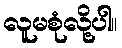
လူမစုံလို့ပါ။